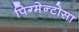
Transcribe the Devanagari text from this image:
पिग्मेन्टोसा